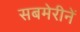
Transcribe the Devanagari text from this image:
सबमेरीनें